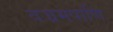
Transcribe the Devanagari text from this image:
वज्रमपाणि